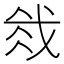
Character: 𫻰